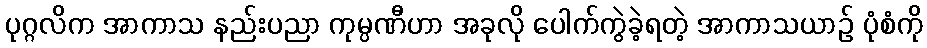
ပုဂ္ဂလိက အာကာသ နည်းပညာ ကုမ္ပဏီဟာ အခုလို ပေါက်ကွဲခဲ့ရတဲ့ အာကာသယာဉ် ပုံစံကို